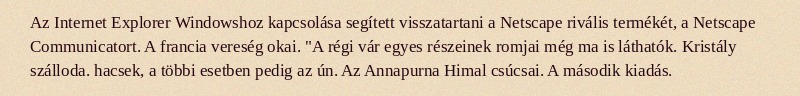
Az Internet Explorer Windowshoz kapcsolása segített visszatartani a Netscape rivális termékét, a Netscape Communicatort. A francia vereség okai. "A régi vár egyes részeinek romjai még ma is láthatók. Kristály szálloda. hacsek, a többi esetben pedig az ún. Az Annapurna Himal csúcsai. A második kiadás.